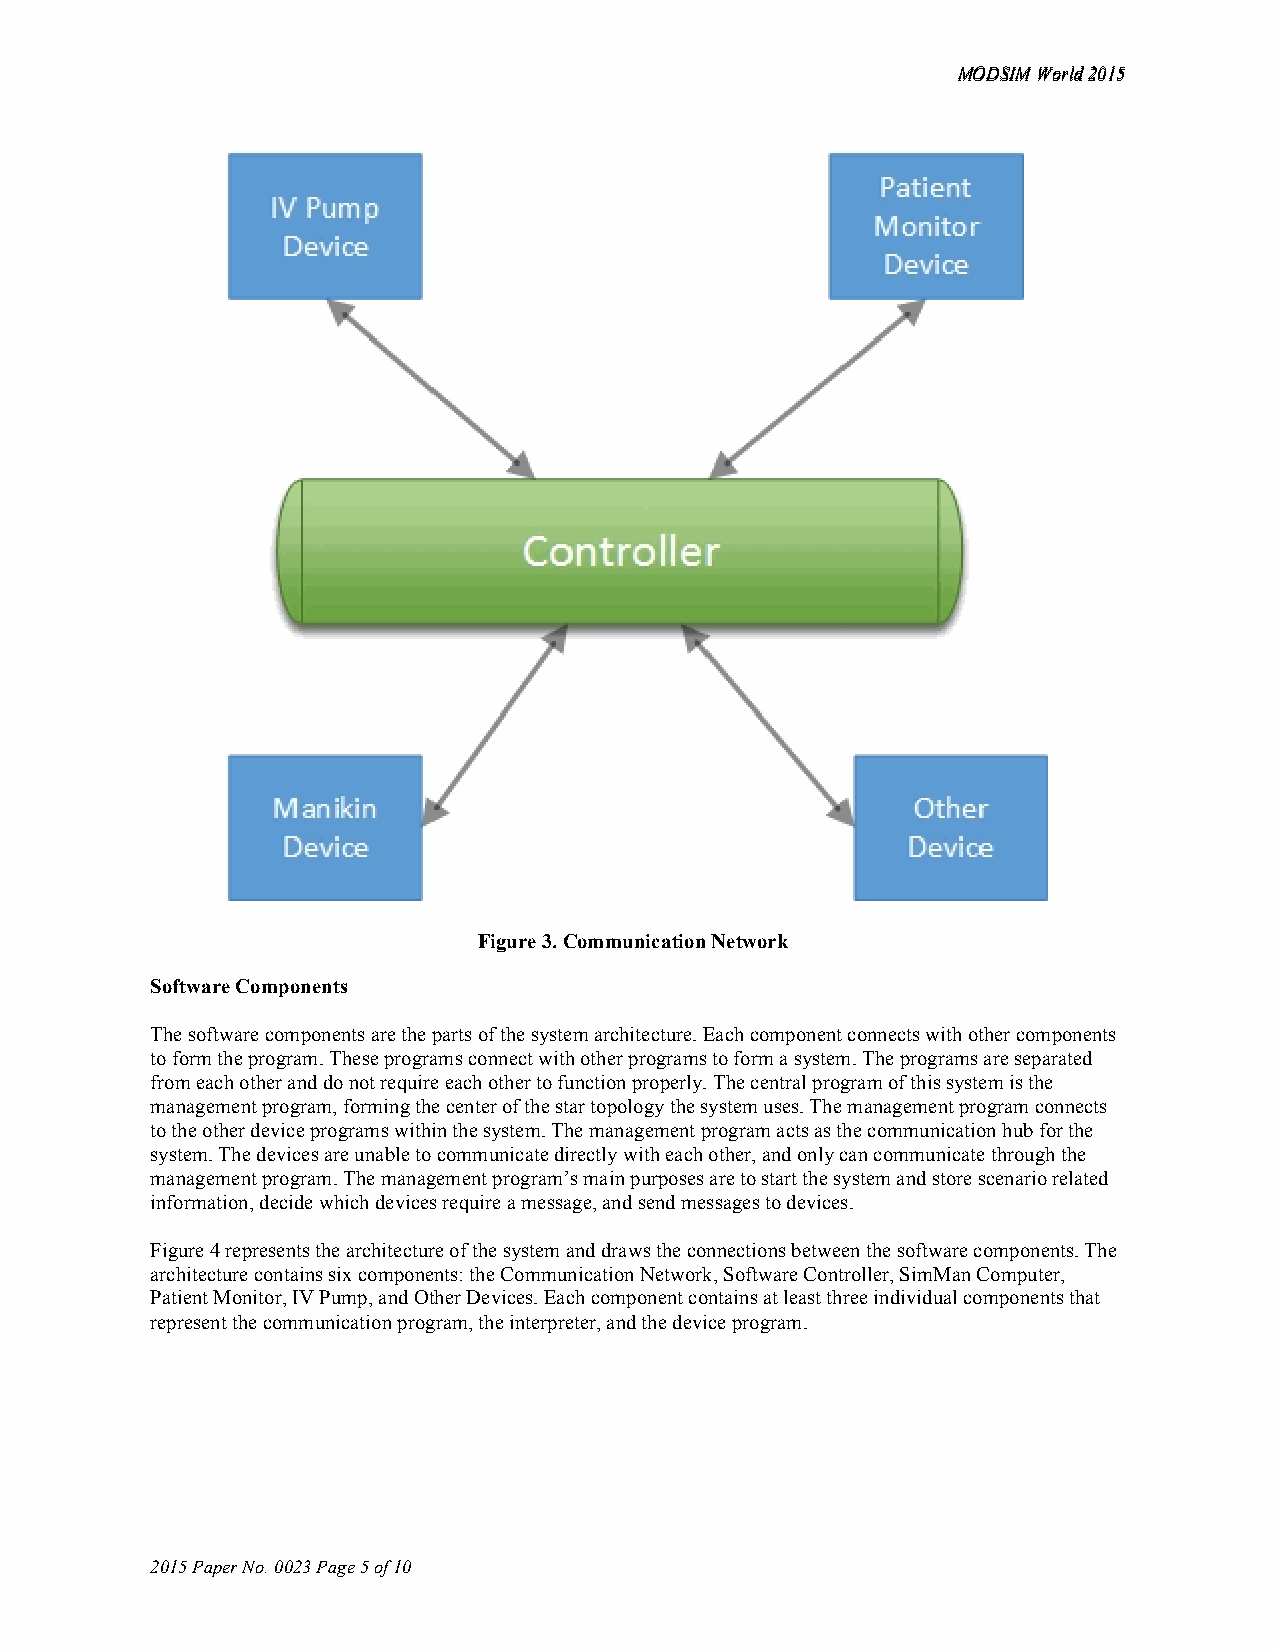
MMOODDSSIIMM WWoorrlldd 22001155
 Figure 3. Communication Network
 Software Components
 The software components are the parts of the system architecture. Each component connects with other components
 to form the program. These programs connect with other programs to form a system. The programs are separated
 from each other and do not require each other to function properly. The central program of this system is the
 management program, forming the center of the star topology the system uses. The management program connects
 to the other device programs within the system. The management program acts as the communication hub for the
 system. The devices are unable to communicate directly with each other, and only can communicate through the
 management program. The management program’s main purposes are to start the system and store scenario related
 information, decide which devices require a message, and send messages to devices.
 Figure 4 represents the architecture of the system and draws the connections between the software components. The
 architecture contains six components: the Communication Network, Software Controller, SimMan Computer,
 Patient Monitor, IV Pump, and Other Devices. Each component contains at least three individual components that
 represent the communication program, the interpreter, and the device program.
 2015 Paper No. 0023 Page 5 of 10